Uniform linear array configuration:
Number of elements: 48
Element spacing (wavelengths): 0.75
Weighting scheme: uniform
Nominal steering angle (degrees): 45
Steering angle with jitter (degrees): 44.835
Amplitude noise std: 0.05
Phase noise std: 0.05

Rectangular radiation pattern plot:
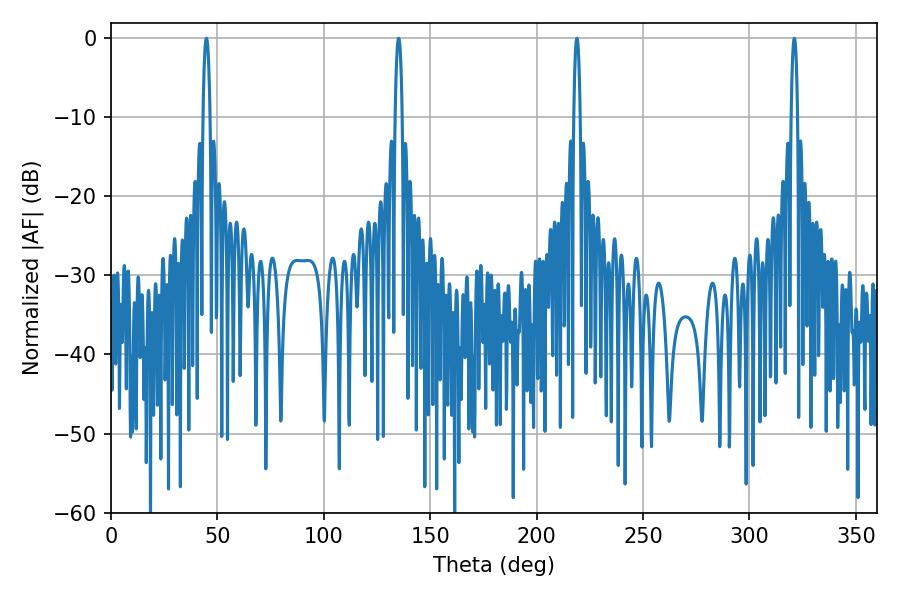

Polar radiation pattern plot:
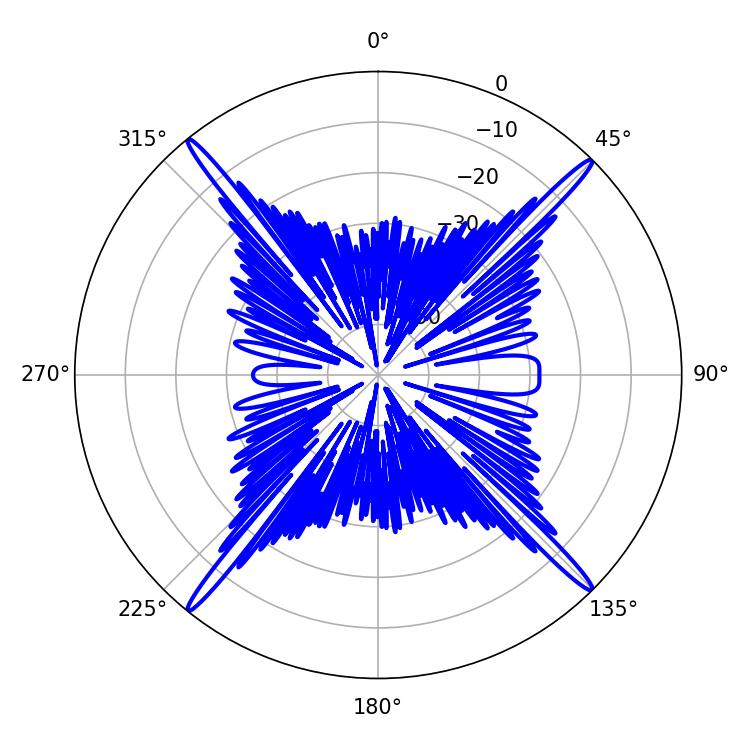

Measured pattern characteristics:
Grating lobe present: TRUE
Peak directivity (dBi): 22.664
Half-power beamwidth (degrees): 1.8
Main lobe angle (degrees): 44.82